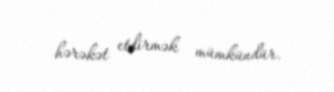
hərəkət etdirmək mümkündür.